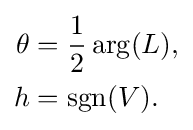
{\begin{aligned}\theta &={\frac {1}{2}}\arg(L),\\h&=\operatorname {sgn} (V).\\\end{aligned}}